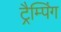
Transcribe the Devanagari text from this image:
ट्रैम्पिंग